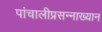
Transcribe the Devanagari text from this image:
पांचालीप्रसन्नाख्यान